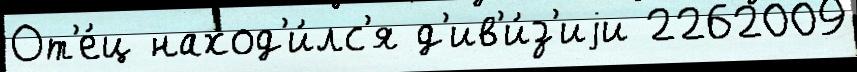
От'е́ц наход'и́лс'я д'ив'и́з'иjи 2262009